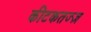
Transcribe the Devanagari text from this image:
कीटकतज्ज्ञ